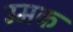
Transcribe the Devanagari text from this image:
उमक